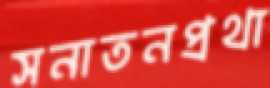
সনাতনপ্রথা